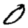
Digit: 0